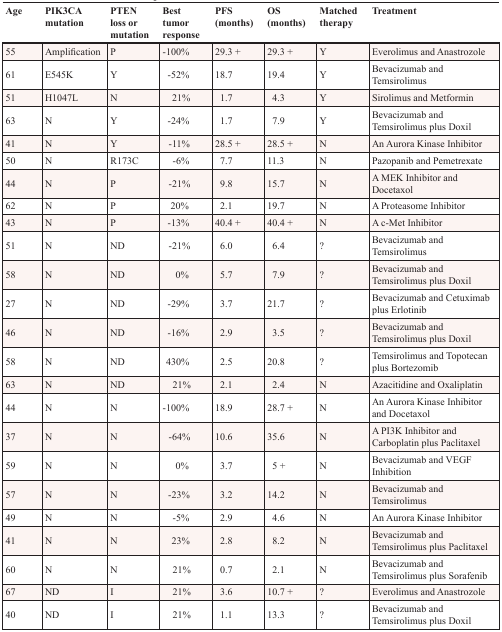
<table><thead><tr><td><b>Age</b></td><td><b>PIK3CA mutation</b></td><td><b>PTEN loss or mutation</b></td><td><b>Best tumor response</b></td><td><b>PFS (months)</b></td><td><b>OS (months)</b></td><td><b>Matched therapy</b></td><td><b>Treatment</b></td></tr></thead><tbody><tr><td>55</td><td>Amplification</td><td>P</td><td>−100%</td><td>29.3 +</td><td>29.3 +</td><td>Y</td><td>Everolimus and Anastrozole</td></tr><tr><td>61</td><td>E545K</td><td>Y</td><td>−52%</td><td>18.7</td><td>19.4</td><td>Y</td><td>Bevacizumab and Temsirolimus</td></tr><tr><td>51</td><td>H1047L</td><td>N</td><td>21%</td><td>1.7</td><td>4.3</td><td>Y</td><td>Sirolimus and Metformin</td></tr><tr><td>63</td><td>N</td><td>Y</td><td>−24%</td><td>1.7</td><td>7.9</td><td>Y</td><td>Bevacizumab and Temsirolimus plus Doxil</td></tr><tr><td>41</td><td>N</td><td>Y</td><td>−11%</td><td>28.5 +</td><td>28.5 +</td><td>N</td><td>An Aurora Kinase Inhibitor</td></tr><tr><td>50</td><td>N</td><td>R173C</td><td>−6%</td><td>7.7</td><td>11.3</td><td>N</td><td>Pazopanib and Pemetrexate</td></tr><tr><td>44</td><td>N</td><td>P</td><td>−21%</td><td>9.8</td><td>15.7</td><td>N</td><td>A MEK Inhibitor and Docetaxol</td></tr><tr><td>62</td><td>N</td><td>P</td><td>20%</td><td>2.1</td><td>19.7</td><td>N</td><td>A Proteasome Inhibitor</td></tr><tr><td>43</td><td>N</td><td>P</td><td>−13%</td><td>40.4 +</td><td>40.4 +</td><td>N</td><td>A c-Met Inhibitor</td></tr><tr><td>51</td><td>N</td><td>ND</td><td>−21%</td><td>6.0</td><td>6.4</td><td>?</td><td>Bevacizumab and Temsirolimus</td></tr><tr><td>58</td><td>N</td><td>ND</td><td>0%</td><td>5.7</td><td>7.9</td><td>?</td><td>Bevacizumab and Temsirolimus plus Doxil</td></tr><tr><td>27</td><td>N</td><td>ND</td><td>−29%</td><td>3.7</td><td>21.7</td><td>?</td><td>Bevacizumab and Cetuximab plus Erlotinib</td></tr><tr><td>46</td><td>N</td><td>ND</td><td>−16%</td><td>2.9</td><td>3.5</td><td>?</td><td>Bevacizumab and Temsirolimus plus Doxil</td></tr><tr><td>58</td><td>N</td><td>ND</td><td>430%</td><td>2.5</td><td>20.8</td><td>?</td><td>Temsirolimus and Topotecan plus Bortezomib</td></tr><tr><td>63</td><td>N</td><td>ND</td><td>21%</td><td>2.1</td><td>2.4</td><td>N</td><td>Azacitidine and Oxaliplatin</td></tr><tr><td>44</td><td>N</td><td>N</td><td>−100%</td><td>18.9</td><td>28.7 +</td><td>N</td><td>An Aurora Kinase Inhibitor and Docetaxol</td></tr><tr><td>37</td><td>N</td><td>N</td><td>−64%</td><td>10.6</td><td>35.6</td><td>N</td><td>A PI3K Inhibitor and Carboplatin plus Paclitaxel</td></tr><tr><td>59</td><td>N</td><td>N</td><td>0%</td><td>3.7</td><td>5 +</td><td>N</td><td>Bevacizumab and VEGF Inhibition</td></tr><tr><td>57</td><td>N</td><td>N</td><td>−23%</td><td>3.2</td><td>14.2</td><td>N</td><td>Bevacizumab and Temsirolimus</td></tr><tr><td>49</td><td>N</td><td>N</td><td>−5%</td><td>2.9</td><td>4.6</td><td>N</td><td>An Aurora Kinase Inhibitor</td></tr><tr><td>41</td><td>N</td><td>N</td><td>23%</td><td>2.8</td><td>8.2</td><td>N</td><td>Bevacizumab and Temsirolimus plus Paclitaxel</td></tr><tr><td>60</td><td>N</td><td>N</td><td>21%</td><td>0.7</td><td>2.1</td><td>N</td><td>Bevacizumab and Temsirolimus plus Sorafenib</td></tr><tr><td>67</td><td>ND</td><td>I</td><td>21%</td><td>3.6</td><td>10.7 +</td><td>?</td><td>Everolimus and Anastrozole</td></tr><tr><td>40</td><td>ND</td><td>I</td><td>21%</td><td>1.1</td><td>13.3</td><td>?</td><td>Bevacizumab and Temsirolimus plus Doxil</td></tr></tbody></table>